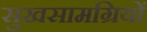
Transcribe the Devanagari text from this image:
सुखसामग्रियों